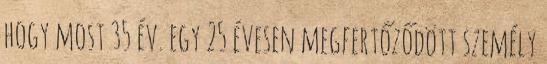
hogy most 35 év. egy 25 évesen megfertőződött személy